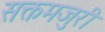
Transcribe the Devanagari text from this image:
सक्तमजुरी